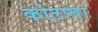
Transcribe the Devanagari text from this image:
कोटप्‍पा